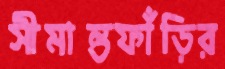
সীমান্তফাঁড়ির